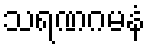
သရဏဂမနံ